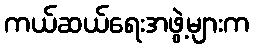
ကယ်ဆယ်ရေးအဖွဲ့များက